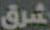
شرق